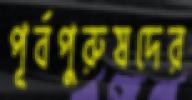
পূর্বপুরুষদের